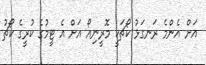
އަށް އެންމެ ރަނގަޅު ކޯޗަކީ މޮރީނިއޯ އަށް އެ ޓީމުގެ ކުރީގެ ކޯޗު